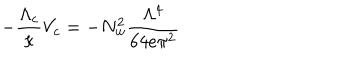
- \frac { \Lambda _ { c } } { \kappa } V _ { c } = - N _ { w } ^ { 2 } \frac { \Lambda ^ { 4 } } { 6 4 e \pi ^ { 2 } }